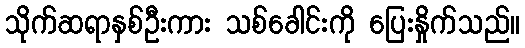
သိုက်ဆရာနှစ်ဦးကား သစ်ခေါင်းကို ပြေးနှိုက်သည်။